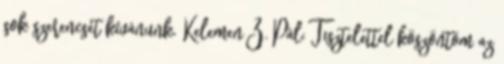
sok szerencsét kívánunk. Kelemen Z. Pál: Tisztelettel köszöntöm az